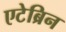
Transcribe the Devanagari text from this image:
एटेब्रिन